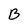
Character: B